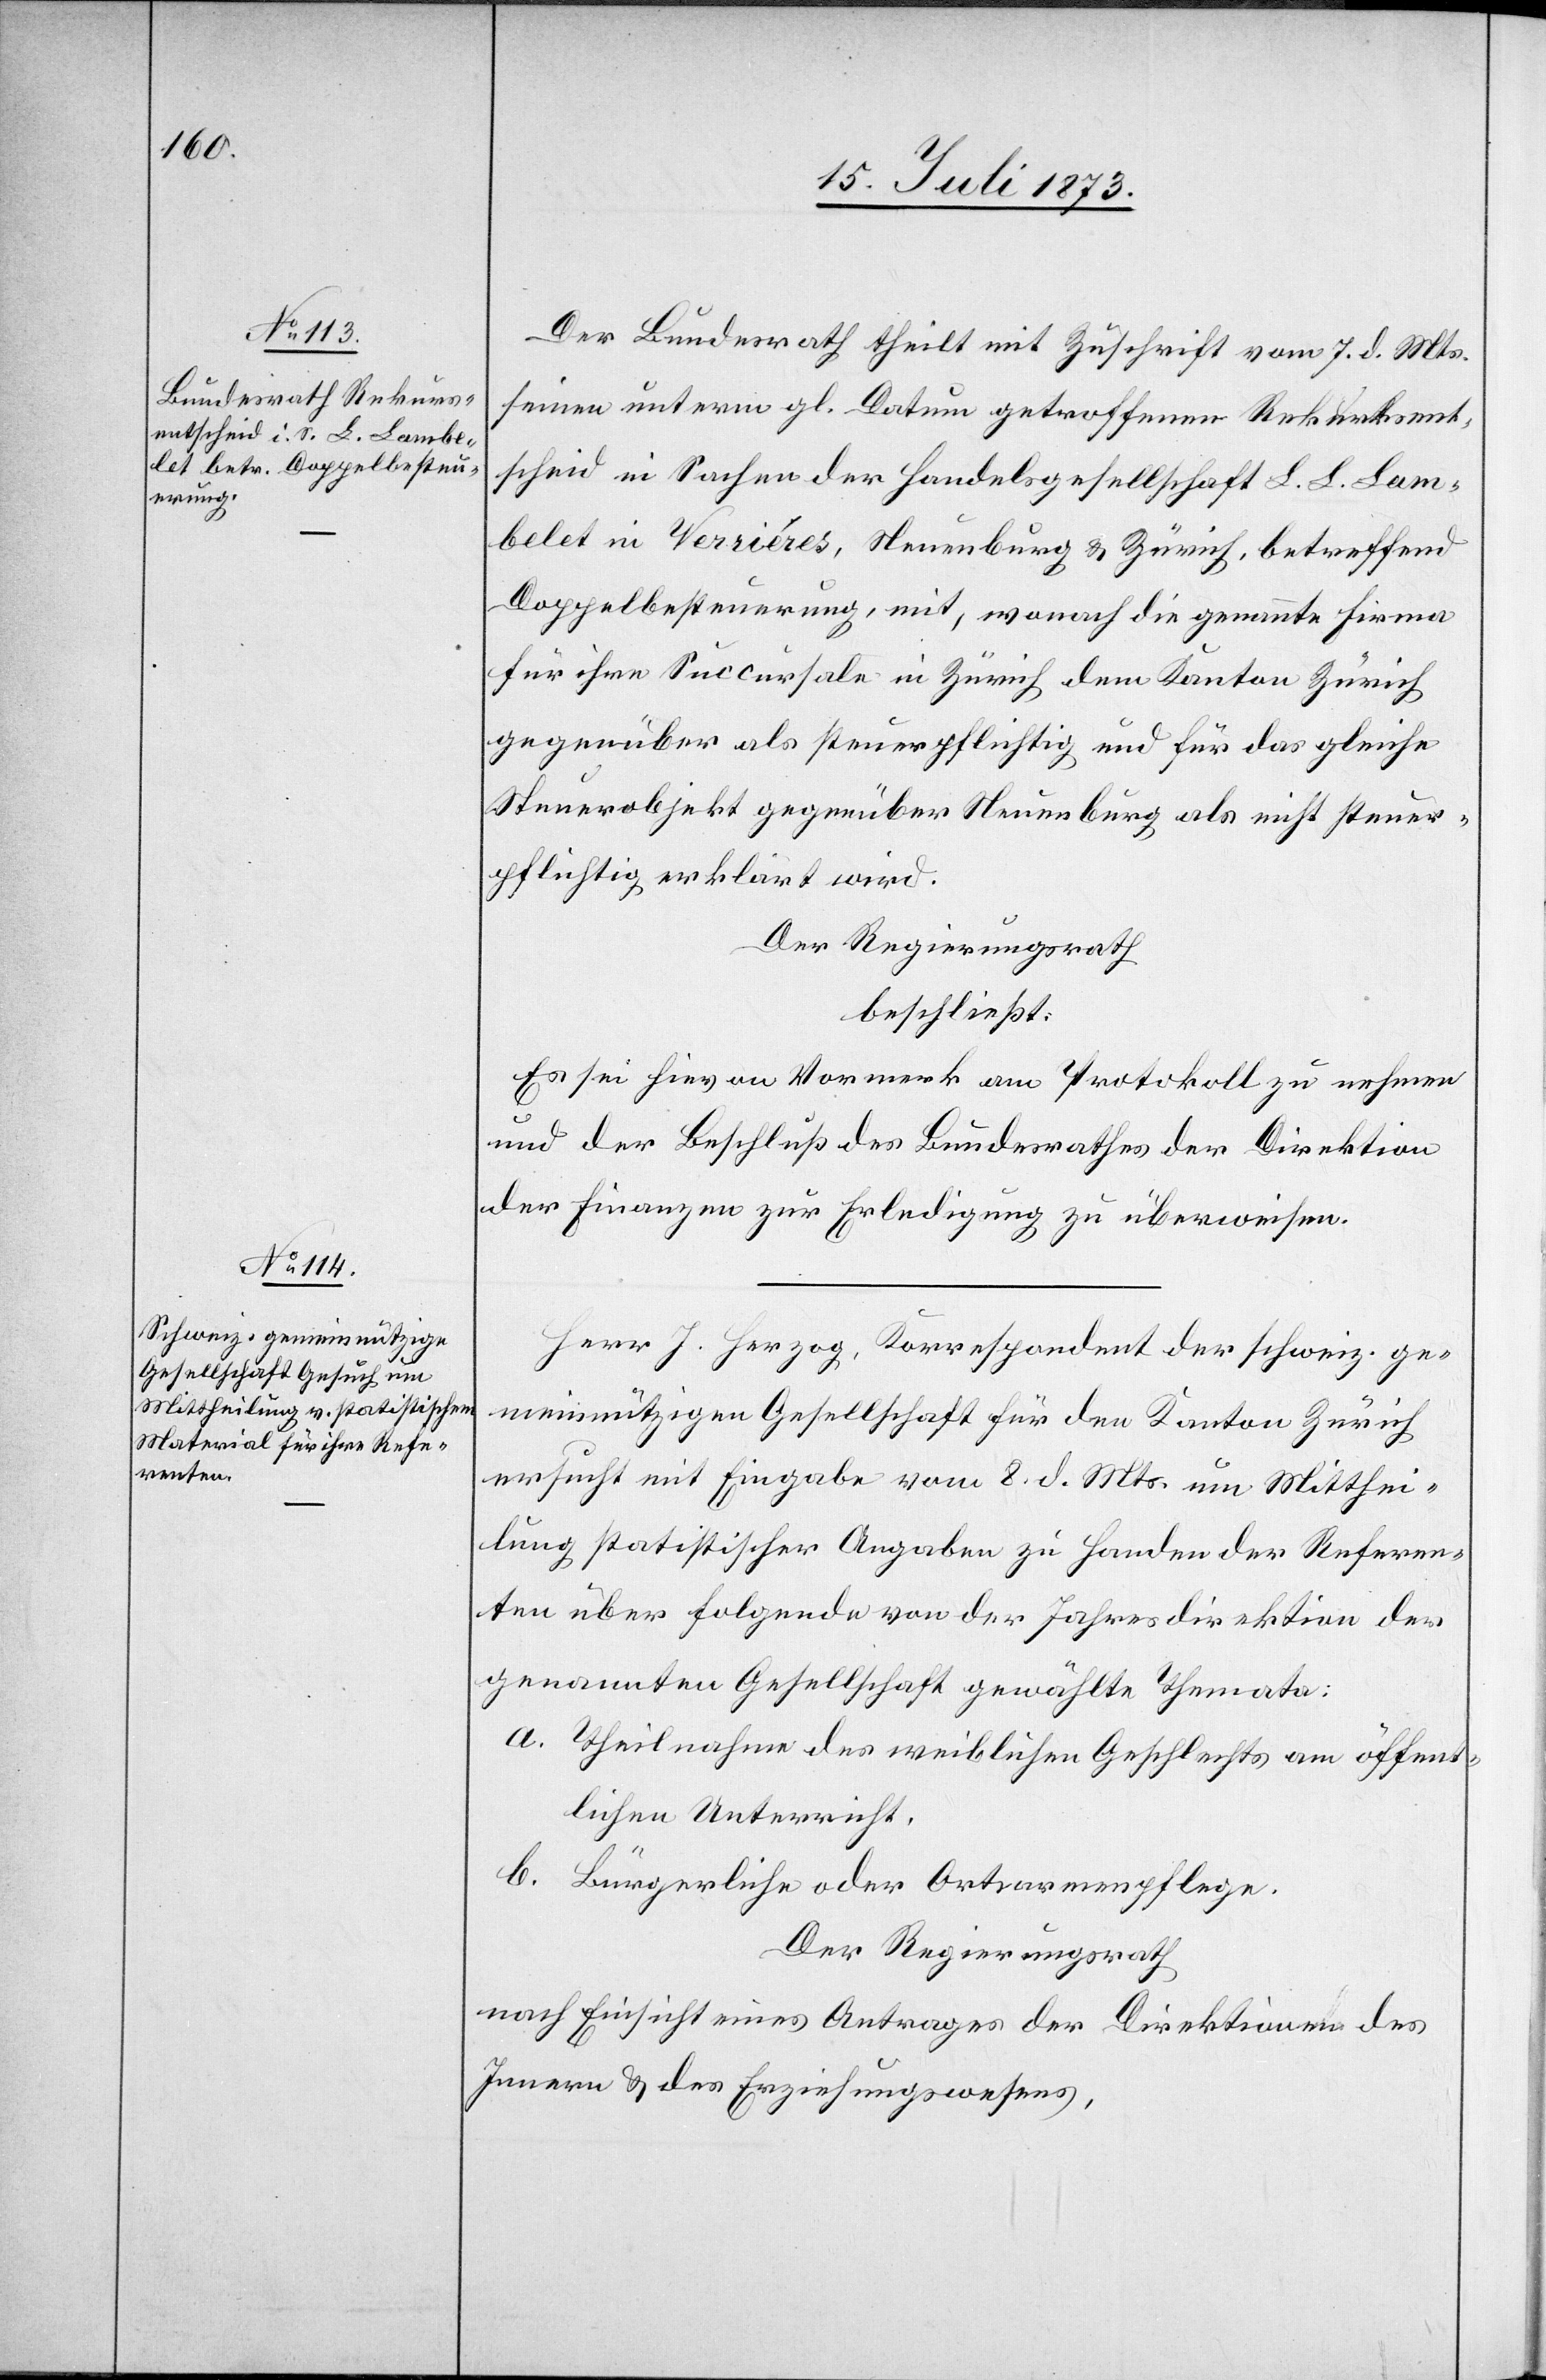
Der Bundesrath theilt mit Zuschrift vom 7. d. Mts.
seinen unterm gl. Datum getroffenen Rekursent¬
scheid in Sachen der Handelsgesellschaft L. L. Lam¬
belet in Verriéres, Neuenburg & Zürich, betreffend
Doppelbesteuerung, mit, wonach die genannte Firma
für ihre Succursale in Zürich dem Kanton Zürich
gegenüber als steuerpflichtig und für das gleiche
Steuerobjekt gegenüber Neuenburg als nicht steuer¬
pflichtig erklärt wird.
Der Regierungsrath
beschließt:
Es sei hievon Vormerk am Protokoll zu nehmen
und der Beschluß des Bundesrathes der Direktion
der Finanzen zur Erledigung zu überweisen.
Herr J. Herzog, Korrespondent der schweiz. ge¬
meinnützigen Gesellschaft für den Kanton Zürich
ersucht mit Eingabe vom 8. d. Mts. um Mitthei¬
lung statistischer Angaben zu Handen der Referen¬
ten über folgende von der Jahresdirektion der
genannten Gesellschaft gewählte Themata:
a. Theilnahme des weiblichen Geschlechts am öffent¬
lichen Unterricht.
b. Bürgerliche oder Ortsarmenpflege.
Der Regierungsrath
nach Einsicht eines Antrages der Direktionen des
Innern & des Erziehungswesens,